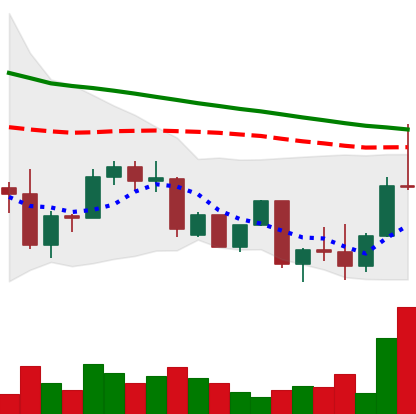
Ticker: DOGE-USD
Chart end date: 2022-09-24
Forward return: -3.963%
Label: down_3_5